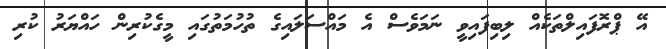
އޭ ޕްރޮފައިލްތަކެއް ލިބިފައިވީ ނަމަވެސް އެ މައްސަލައިގެ ތުހުމަތުގައި މީގެކުރިން ހައްޔަރު ކުރި